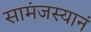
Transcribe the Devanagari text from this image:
सामंजस्यानं